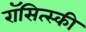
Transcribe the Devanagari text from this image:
रॉसित्स्की